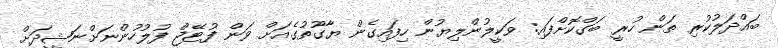
ބައްދަލުކުރި ތަން ހުރީ ބަގްކޮށްފައި: ވަކީލުންލިޔުން ހިފައިގެން ޔާގޫތުގެއަށް ވަން ފުޓޭޖް ފުލުހުންނަށްނަޝީދަށް